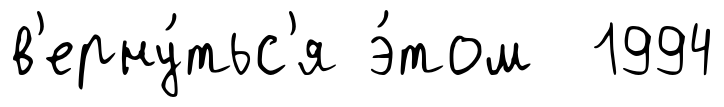
в'ерну́тьс'я э́том 1994